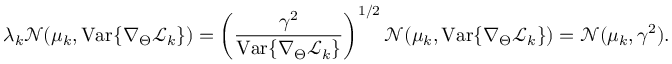
\lambda _ { k } \mathcal { N } ( \mu _ { k } , \mathrm { V a r } \{ \nabla _ { \Theta } \mathcal { L } _ { k } \} ) = \left( \frac { \gamma ^ { 2 } } { \mathrm { V a r } \{ \nabla _ { \Theta } \mathcal { L } _ { k } \} } \right) ^ { 1 / 2 } \mathcal { N } ( \mu _ { k } , \mathrm { V a r } \{ \nabla _ { \Theta } \mathcal { L } _ { k } \} ) = \mathcal { N } ( \mu _ { k } , \gamma ^ { 2 } ) .